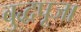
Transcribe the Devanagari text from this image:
बुद्धपूजा